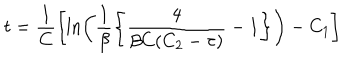
t = \frac { 1 } { C } \left[ \ln \left( \frac { 1 } { \beta } \left\{ \frac { 4 } { \beta C ( C _ { 2 } - \tau ) } - 1 \right\} \right) - C _ { 1 } \right]